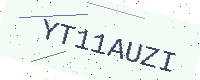
Text: YT11AUZI